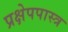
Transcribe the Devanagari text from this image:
प्रक्षेपपास्त्र